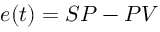
e ( t ) = S P - P V